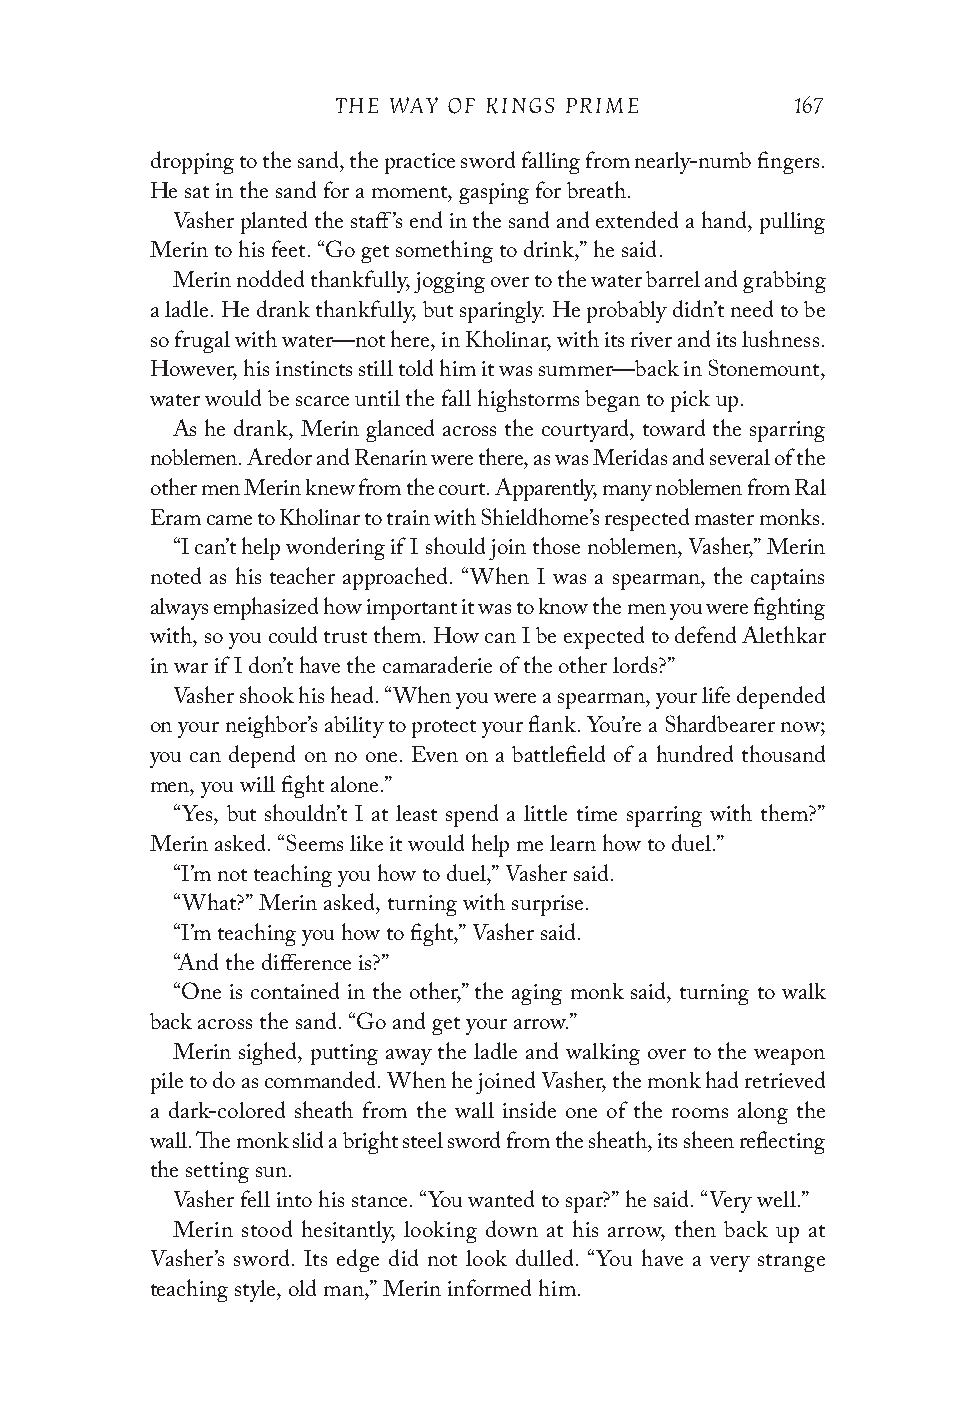
THE WAY OF KINGS PRIME         167
 dropping to the sand, the practice sword falling from nearly-numb fingers.
 He sat in the sand for a moment, gasping for breath.
 Vasher planted the staff’s end in the sand and extended a hand, pulling
 Merin to his feet. “Go get something to drink,” he said.
 Merin nodded thankfully, jogging over to the water barrel and grabbing
 a ladle. He drank thankfully, but sparingly. He probably didn’t need to be
 so frugal with water—not here, in Kholinar, with its river and its lushness.
 However, his instincts still told him it was summer—back in Stonemount,
 water would be scarce until the fall highstorms began to pick up.
 As he drank, Merin glanced across the courtyard, toward the sparring
 noblemen. Aredor and Renarin were there, as was Meridas and several of the
 other men Merin knew from the court. Apparently, many noblemen from Ral
 Eram came to Kholinar to train with Shieldhome’s respected master monks.
 “I can’t help wondering if I should join those noblemen, Vasher,” Merin
 noted as his teacher approached. “When I was a spearman, the captains
 always emphasized how important it was to know the men you were fighting
 with, so you could trust them. How can I be expected to defend Alethkar
 in war if I don’t have the camaraderie of the other lords?”
 Vasher shook his head. “When you were a spearman, your life depended
 on your neighbor’s ability to protect your flank. You’re a Shardbearer now;
 you can depend on no one. Even on a battlefield of a hundred thousand
 men, you will fight alone.”
 “Yes, but shouldn’t I at least spend a little time sparring with them?”
 Merin asked. “Seems like it would help me learn how to duel.”
 “I’m not teaching you how to duel,” Vasher said.
 “What?” Merin asked, turning with surprise.
 “I’m teaching you how to fight,” Vasher said.
 “And the difference is?”
 “One is contained in the other,” the aging monk said, turning to walk
 back across the sand. “Go and get your arrow.”
 Merin sighed, putting away the ladle and walking over to the weapon
 pile to do as commanded. When he joined Vasher, the monk had retrieved
 a dark-colored sheath from the wall inside one of the rooms along the
 wall. The monk slid a bright steel sword from the sheath, its sheen reflecting
 the setting sun.
 Vasher fell into his stance. “You wanted to spar?” he said. “Very well.”
 Merin stood hesitantly, looking down at his arrow, then back up at
 Vasher’s sword. Its edge did not look dulled. “You have a very strange
 teaching style, old man,” Merin informed him.